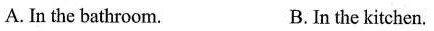
A. In the bathroom. B. In the kitchen.